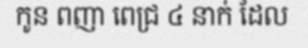
កូន ពញា ពេជ្រ ៤ នាក់ ដែល